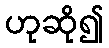
ဟုဆို၍